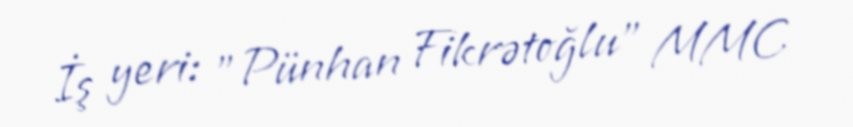
İş yeri: "Pünhan Fikrətoğlu" MMC